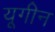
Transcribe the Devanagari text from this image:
यूगीन